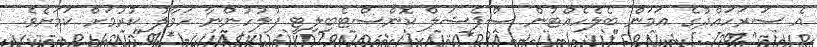
އެ ސަރަހައްދުގެ އަމަން ބެލެހެއްޓުން ސްޕެޝަލް ކޮންސްޓެބިލިޓީ ފުލުހުންނާ ހަވާލު ކުރުމަށް ކަމަށެވެ.